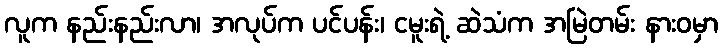
လူက နည်းနည်းလာ၊ အလုပ်က ပင်ပန်း၊ ငမူးရဲ့ ဆဲသံက အမြဲတမ်း နားဝမှာ